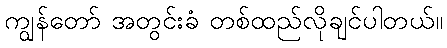
ကျွန်တော် အတွင်းခံ တစ်ထည်လိုချင်ပါတယ်။